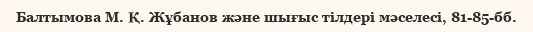
Балтымова М. Қ. Жұбанов және шығыс тілдері мәселесі, 81-85-бб.